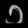
Digit: ၁